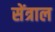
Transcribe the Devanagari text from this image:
सेंत्राल